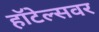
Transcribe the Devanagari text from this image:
हॉटेल्सवर